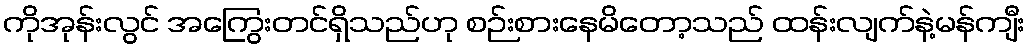
ကိုအုန်းလွင် အကြွေးတင်ရှိသည်ဟု စဉ်းစားနေမိတော့သည် ထန်းလျက်နဲ့မန်ကျီး